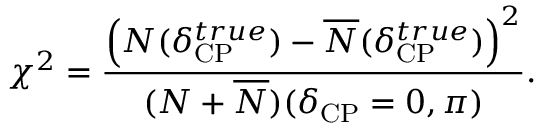
\chi ^ { 2 } = \frac { \left( N ( \delta _ { \mathrm { C P } } ^ { t r u e } ) - \overline { { N } } ( \delta _ { \mathrm { C P } } ^ { t r u e } ) \right) ^ { 2 } } { ( N + \overline { { N } } ) ( \delta _ { \mathrm { C P } } = 0 , \pi ) } .